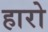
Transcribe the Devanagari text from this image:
हारो